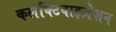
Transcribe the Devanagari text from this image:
कलेक्टिवाइज़ेशन